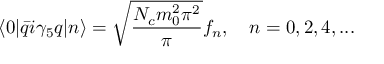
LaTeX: \langle 0 | \bar { q } i \gamma _ { 5 } q | n \rangle = \sqrt { \frac { N _ { c } m _ { 0 } ^ { 2 } \pi ^ { 2 } } { \pi } } f _ { n } , ~ ~ ~ n = 0 , 2 , 4 , . . .